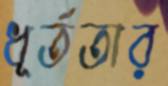
ধূর্ততার